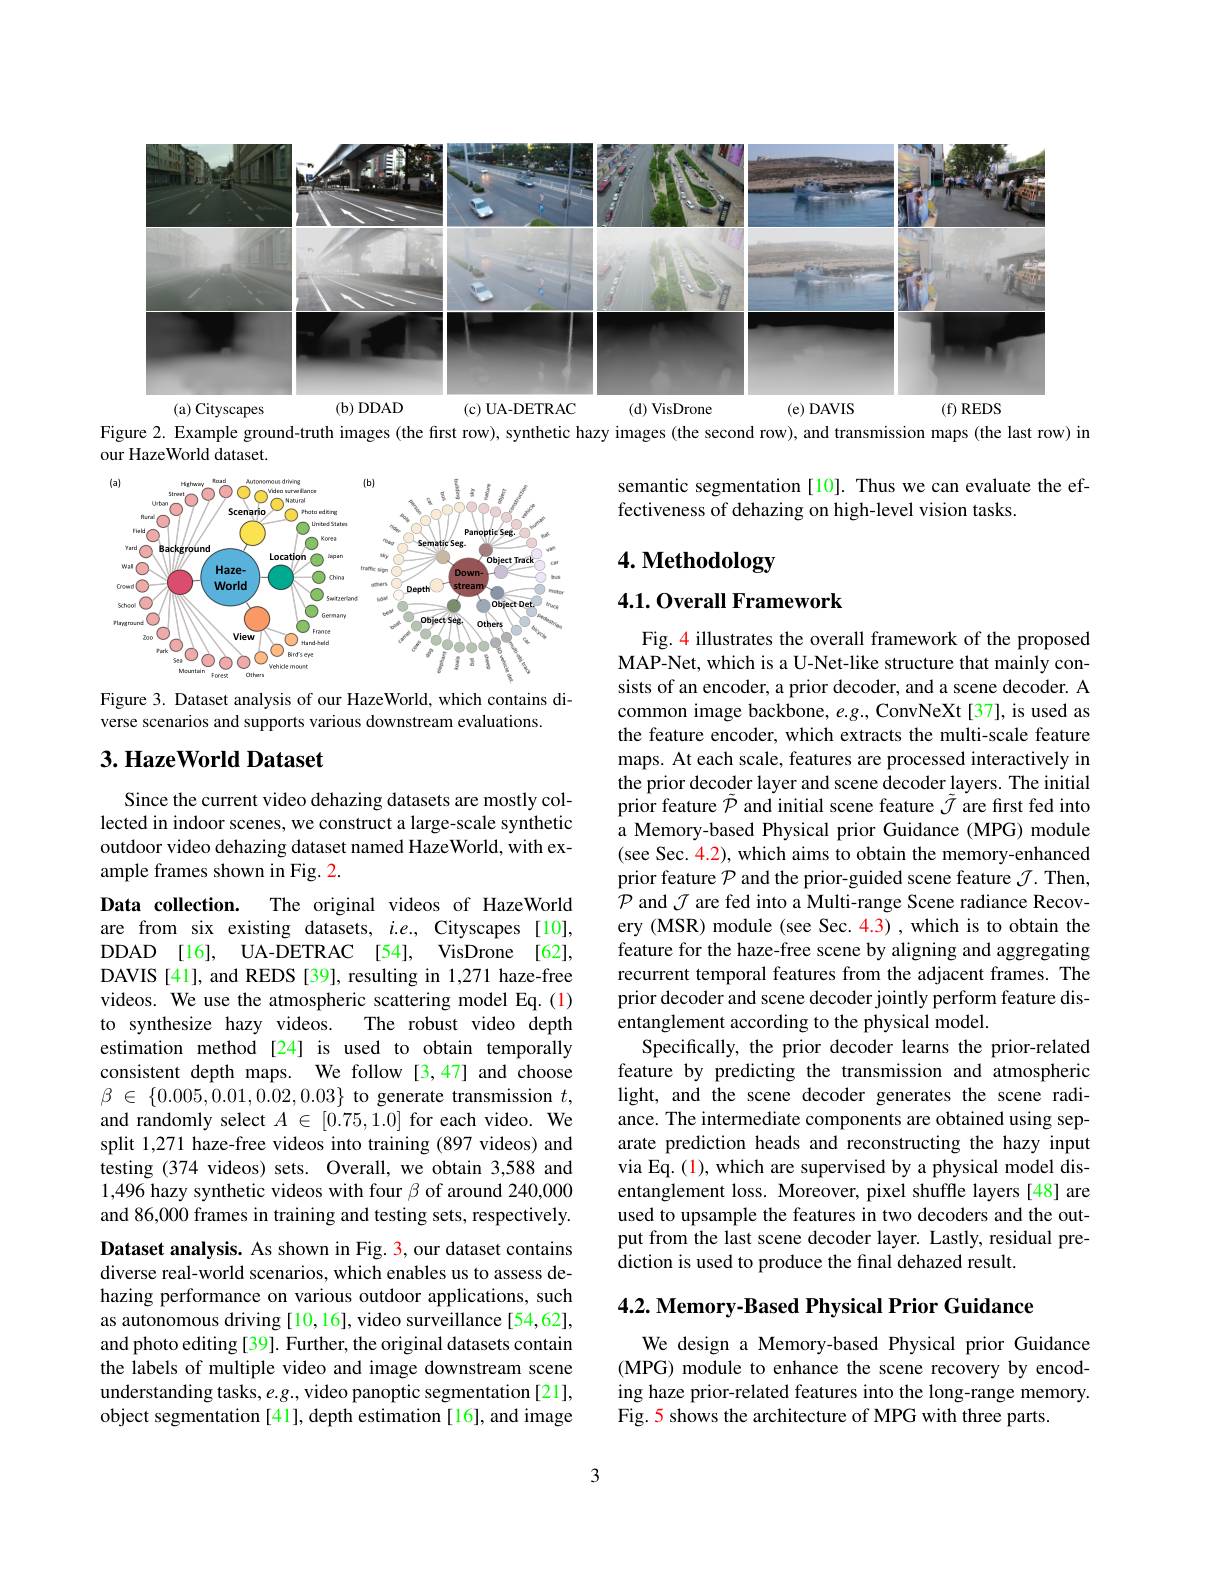
<FigureHere>
$(b)DDAD$
(c)UA-DETRAC
(d) VisDrone
(e)DAVIS
(f) REDS
(a) Cityscapes

Figure 2. Example ground-truth images (the first row), synthetic hazy images (the second row), and transmission maps (the last row) in

semantic segmentation[10]. Thus we can evaluate the ef-
fectiveness of dehazing on high-level vision tasks.

# 4. Methodology

our HazeWorld dataset.
<FigureHere>

4.1. Overall Framework

Figure 3. Dataset analysis of our HazeWorld, which contains di-
verse scenarios and supports various downstream evaluations.

## $3. \textbf{ HazeWorld Dataset}$

Since the current video dehazing datasets are mostly collected in indoor scenes, we construct a large-scale synthetic outdoor video dehazing dataset named HazeWorld, with example frames shown in Fig. 2.

Fig. 4 illustrates the overall framework of the proposed MAP-Net, which is a U-Net-like structure that mainly consists of an encoder, a prior decoder, and a scene decoder. A common image backbone, $e.g.$, ConvNeXt [37], is used as the feature encoder, which extracts the multi-scale feature maps. At each scale, features are processed interactively in the prior decoder layer and scene decoder layers. The initial prior feature $\tilde{\mathcal{P}}$ and initial scene feature $\tilde{\mathcal{J}}$ are frst fed into a Memory-based Physical prior Guidance (MPG) module (see Sec. 4.2), which aims to obtain the memory-enhanced prior feature $\mathcal{P}$ and the prior-guided scene feature $\mathcal{J}.$ Then, $\mathcal{P}$ and $\mathcal{J}$ are fed into a Multi-range Scene radiance Recovery (MSR) module (see Sec. 4.3) , which is to obtain the feature for the haze-free scene by aligning and aggregating recurrent temporal features from the adjacent frames. The prior decoder and scene decoder jointly perform feature disentanglement according to the physical model.
Specifically, the prior decoder learns the prior-related feature by predicting the transmission and atmospheric light, and the scene decoder generates the scene radiance. The intermediate components are obtained using separate prediction heads and reconstructing the hazy input via Eq. (1), which are supervised by a physical model disentanglement loss. Moreover, pixel shuffle layers [48] are used to upsample the features in two decoders and the output from the last scene decoder layer. Lastly, residual prediction is used to produce the final dehazed result.

Data collection.
The original videos of HazeWorld
are from six existing datasets, $i.e.$, Cityscapes [10], DDAD [16], UA- DETRAC [54], VisDrone [62], DAVIS [41], and REDS [39], resulting in 1,271 haze-free videos. We use the atmospheric scattering model Eq.(1)
The robust video depth
to synthesize hazy videos.
estimation method [24] is used to obtain temporally consistent depth maps. We follow [3,47] and choose $\beta$ $\in$ $\{ 0. 005, 0. 01, 0. 02, 0. 03\}$ to generate transmission $t$, and randomly select $A\in[0.75,1.0]$ for each video. We split 1,271 haze-free videos into training (897 videos) and testing (374 videos) sets. Overall, we obtain 3,588 and 1,496 hazy synthetic videos with four $\beta$ of around 240,000 and 86,000 frames in training and testing sets, respectively. Dataset analysis. As shown in Fig. 3, our dataset contains diverse real-world scenarios, which enables us to assess dehazing performance on various outdoor applications, such as autonomous driving [10,16], video surveillance [54,62], and photo editing [39]. Further, the original datasets contain the labels of multiple video and image downstream scene understanding tasks, $e.g.$, video panoptic segmentation [21], object segmentation [41], depth estimation [16], and image

$4. 2. \textbf{ Memory- Based Physical Prior Guidance}$

We design a Memory-based Physical prior Guidance (MPG) module to enhance the scene recovery by encoding haze prior-related features into the long-range memory. Fig. 5 shows the architecture of MPG with three parts.

3